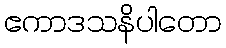
ဧကာဒသနိပါတော